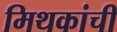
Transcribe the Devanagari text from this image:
मिथकांची